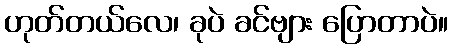
ဟုတ်တယ်လေ၊ ခုပဲ ခင်ဗျား ပြောတာပဲ။